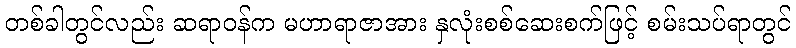
တစ်ခါတွင်လည်း ဆရာဝန်က မဟာရာဇာအား နှလုံးစစ်ဆေးစက်ဖြင့် စမ်းသပ်ရာတွင်